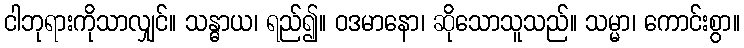
ငါဘုရားကိုသာလျှင်။ သန္ဓာယ၊ ရည်၍။ ဝဒမာနော၊ ဆိုသောသူသည်။ သမ္မာ၊ ကောင်းစွာ။